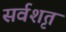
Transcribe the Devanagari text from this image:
सर्वशृत